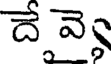
దే వ్యె